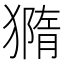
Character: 𤡪